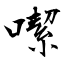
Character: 噄